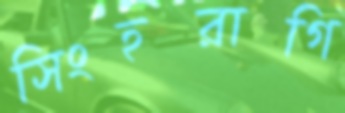
সিংহরাগি